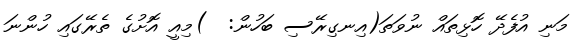
މަނި އުފެދޭ ހޮޅިތައް ނުވަތަ(އިނގިރޭސި ބަހުން:  )މިއީ އޮށުގެ ތެރޭގައި ހުންނަ